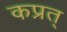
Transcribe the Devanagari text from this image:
कप्रत्